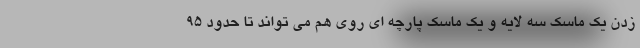
زدن یک ماسک سه لایه و یک ماسک پارچه ای روی هم می تواند تا حدود 95